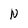
Character: N